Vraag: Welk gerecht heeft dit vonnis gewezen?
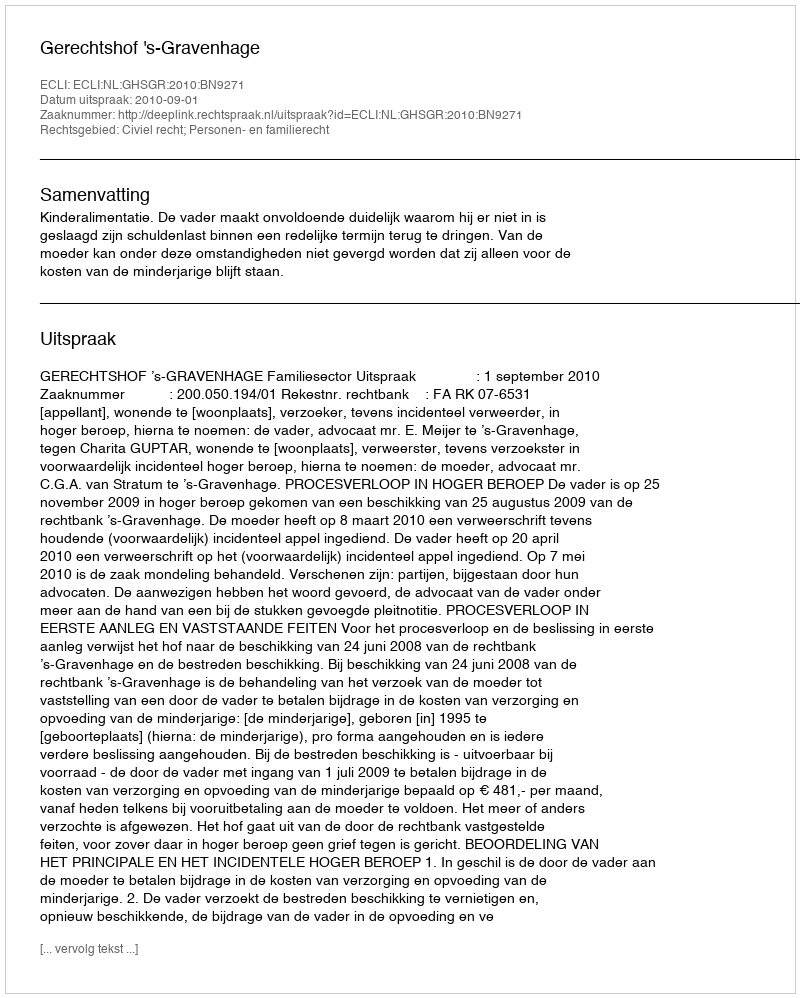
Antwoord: Gerechtshof 's-Gravenhage